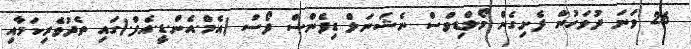
26 ވަނަ ދުވަހުން ފެށިގެން މޯލްޑިވްސް ނެޝަނަލް ޑިފެންސް ފޯސް (އެމް.އެން.ޑީ.އެފް.)ގައި ތެދުވެރިކަމާއި